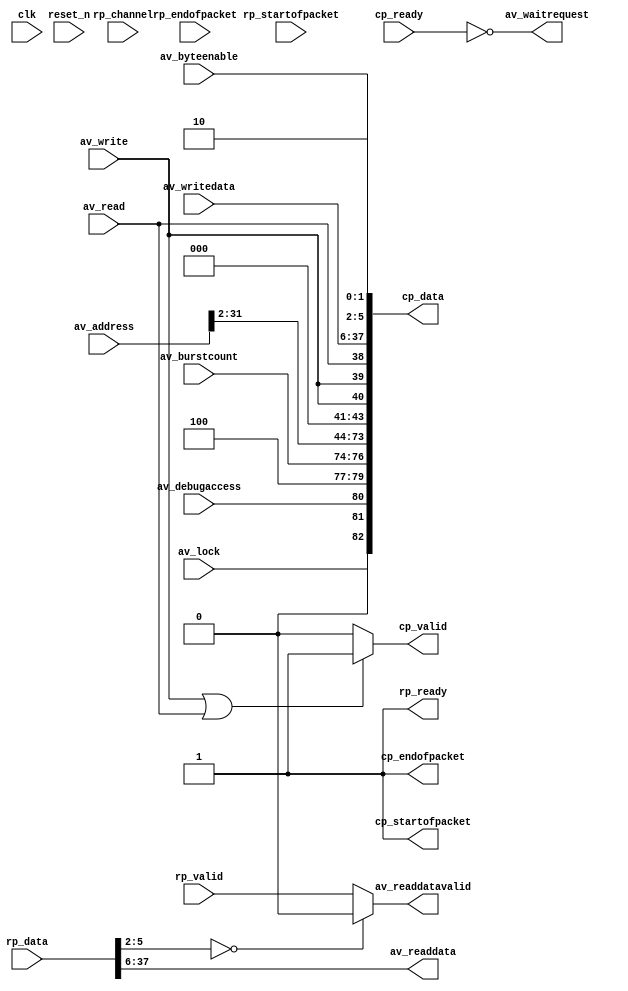
// (C) 2001-2013 Altera Corporation. All rights reserved.
// Your use of Altera Corporation's design tools, logic functions and other 
// software and tools, and its AMPP partner logic functions, and any output 
// files any of the foregoing (including device programming or simulation 
// files), and any associated documentation or information are expressly subject 
// to the terms and conditions of the Altera Program License Subscription 
// Agreement, Altera MegaCore Function License Agreement, or other applicable 
// license agreement, including, without limitation, that your use is for the 
// sole purpose of programming logic devices manufactured by Altera and sold by 
// Altera or its authorized distributors.  Please refer to the applicable 
// agreement for further details.


// (C) 2001-2011 Altera Corporation. All rights reserved.
// Your use of Altera Corporation's design tools, logic functions and other 
// software and tools, and its AMPP partner logic functions, and any output 
// files any of the foregoing (including device programming or simulation 
// files), and any associated documentation or information are expressly subject 
// to the terms and conditions of the Altera Program License Subscription 
// Agreement, Altera MegaCore Function License Agreement, or other applicable 
// license agreement, including, without limitation, that your use is for the 
// sole purpose of programming logic devices manufactured by Altera and sold by 
// Altera or its authorized distributors.  Please refer to the applicable 
// agreement for further details.


// $Id: //acds/rel/11.1/ip/merlin/seq_altera_merlin_master_agent/seq_altera_merlin_master_agent.sv#1 $
// $Revision: #1 $
// $Date: 2011/08/15 $
// $Author: max $

// --------------------------------------
// Merlin Master Agent
//
// Converts Avalon-MM transactions into
// Merlin network packets.
// --------------------------------------

`timescale 1 ns / 1 ns

module seq_altera_merlin_master_agent
#(
    // -------------------
    // Packet Format Parameters
    // -------------------
    parameter PKT_BEGIN_BURST  = 81,
              PKT_PROTECTION_H = 80,
              PKT_PROTECTION_L = 80,
              PKT_BURSTWRAP_H  = 79,
              PKT_BURSTWRAP_L  = 77,
              PKT_BYTE_CNT_H   = 76,
              PKT_BYTE_CNT_L   = 74,
              PKT_ADDR_H       = 73,
              PKT_ADDR_L       = 42,
              PKT_TRANS_LOCK   = 82,
              PKT_TRANS_COMPRESSED_READ = 41,
              PKT_TRANS_POSTED = 40,
              PKT_TRANS_WRITE  = 39,
              PKT_TRANS_READ   = 38,
              PKT_DATA_H       = 37,
              PKT_DATA_L       = 6,
              PKT_BYTEEN_H     = 5,
              PKT_BYTEEN_L     = 2,
              PKT_SRC_ID_H     = 1,
              PKT_SRC_ID_L     = 1,
              PKT_DEST_ID_H    = 0,
              PKT_DEST_ID_L    = 0,
              ST_DATA_W        = 83,
              ST_CHANNEL_W     = 1,

    // -------------------
    // Agent Parameters
    // -------------------
              AV_BURSTCOUNT_W       = 3,
              ID                    = 1,
              SUPPRESS_0_BYTEEN_RSP = 1,
              BURSTWRAP_VALUE       = 4,

    // -------------------
    // Derived Parameters
    // -------------------
              PKT_BURSTWRAP_W = PKT_BURSTWRAP_H - PKT_BURSTWRAP_L + 1,
              PKT_BYTE_CNT_W  = PKT_BYTE_CNT_H - PKT_BYTE_CNT_L + 1,
              PKT_ADDR_W      = PKT_ADDR_H - PKT_ADDR_L + 1,
              PKT_DATA_W      = PKT_DATA_H - PKT_DATA_L + 1,
              PKT_BYTEEN_W    = PKT_BYTEEN_H - PKT_BYTEEN_L + 1,
              PKT_SRC_ID_W    = PKT_SRC_ID_H - PKT_SRC_ID_L + 1,
              PKT_DEST_ID_W   = PKT_DEST_ID_H - PKT_DEST_ID_L + 1
)
(
    // -------------------
    // Clock & Reset
    // -------------------
    input clk,
    input reset_n,

    // -------------------
    // Avalon-MM Anti-Master
    // -------------------
    input      [PKT_ADDR_W-1 : 0]      av_address,
    input                              av_write,
    input                              av_read,
    input      [PKT_DATA_W-1 : 0]      av_writedata,
    output reg [PKT_DATA_W-1 : 0]      av_readdata,
    output reg                         av_waitrequest,
    output reg                         av_readdatavalid,
    input      [PKT_BYTEEN_W-1 : 0]    av_byteenable,
    input      [AV_BURSTCOUNT_W-1 : 0] av_burstcount,
    input                              av_debugaccess,
    input                              av_lock,
    
    // -------------------
    // Command Source
    // -------------------
    output reg                      cp_valid,
    output reg [ST_DATA_W-1 : 0]    cp_data,
    output wire                     cp_startofpacket,
    output wire                     cp_endofpacket,
    input                           cp_ready,

    // -------------------
    // Response Sink
    // -------------------
    input                           rp_valid,
    input   [ST_DATA_W-1 : 0]       rp_data,
    input   [ST_CHANNEL_W-1 : 0]    rp_channel,
    input                           rp_startofpacket,
    input                           rp_endofpacket,
    output reg                      rp_ready
);
    // ------------------------------------------------------------
    // Utility Functions
    // ------------------------------------------------------------
    function integer clogb2;
        input [31:0] value;
        begin
            for (clogb2=0; value>0; clogb2=clogb2+1)
                value = value >> 1;
            clogb2 = clogb2 - 1;
        end
    endfunction // clogb2

    localparam MAX_BURST  = 1 << (AV_BURSTCOUNT_W - 1);
    localparam NUMSYMBOLS = PKT_BYTEEN_W; 
    localparam BURSTING   = (MAX_BURST > NUMSYMBOLS);
    localparam BITS_TO_ZERO = clogb2(NUMSYMBOLS);

    // --------------------------------------
    // Optimization: compare in words to save bits?
    // --------------------------------------
    wire is_burst;
    assign is_burst = (BURSTING) & (av_burstcount > NUMSYMBOLS);

    // --------------------------------------
    // Command & Response Construction
    // --------------------------------------
    wire [31:0] burstwrap_value_int = BURSTWRAP_VALUE; 
    wire [31:0] id_int              = ID; 

    // --------------------------------------
    // Address alignment
    // --------------------------------------
    wire [PKT_ADDR_W-1 : 0] av_address_aligned;
    generate 
      if (NUMSYMBOLS > 1) begin
        assign av_address_aligned = 
          {av_address[PKT_ADDR_W-1 : BITS_TO_ZERO], {BITS_TO_ZERO {1'b0}}};
      end
      else begin
        assign av_address_aligned = av_address;
      end 
    endgenerate

    always @* begin
        cp_data = 0; // Default assignment; override below as needed.		//*** SV-to-V: '0=>0 

        cp_data[PKT_PROTECTION_H:PKT_PROTECTION_L] = av_debugaccess;
        cp_data[PKT_BURSTWRAP_H:PKT_BURSTWRAP_L] = burstwrap_value_int[PKT_BURSTWRAP_W-1:0];
        cp_data[PKT_BYTE_CNT_H :PKT_BYTE_CNT_L ] = av_burstcount;
        cp_data[PKT_ADDR_H     :PKT_ADDR_L     ] = av_address_aligned;
        cp_data[PKT_TRANS_LOCK                 ] = av_lock;
        cp_data[PKT_TRANS_COMPRESSED_READ      ] = av_read & is_burst;
        cp_data[PKT_TRANS_READ                 ] = av_read;
        cp_data[PKT_TRANS_WRITE                ] = av_write;
        cp_data[PKT_TRANS_POSTED               ] = av_write;
        cp_data[PKT_DATA_H     :PKT_DATA_L     ] = av_writedata;
        cp_data[PKT_BYTEEN_H   :PKT_BYTEEN_L   ] = av_byteenable;
        cp_data[PKT_SRC_ID_H   :PKT_SRC_ID_L   ] = id_int[PKT_SRC_ID_W-1:0];
       
        av_readdata = rp_data[PKT_DATA_H : PKT_DATA_L];
    end

    // --------------------------------------
    // Command Control
    // --------------------------------------
    always @* begin
        cp_valid = 0;
        
        if (av_write || av_read)
            cp_valid = 1;
    end

    generate if (BURSTING) begin
        reg sop_enable;

        always @(posedge clk, negedge reset_n) begin
            if (~reset_n) begin
                sop_enable <= 1'b1;
            end
            else begin
                if (cp_valid && cp_ready) begin
                    sop_enable <= 1'b0;
                    if (cp_endofpacket)
                        sop_enable <= 1'b1;
                end
            end
        end

        assign cp_startofpacket = sop_enable;
        assign cp_endofpacket   = (av_read) | (av_burstcount == NUMSYMBOLS);

    end 
    else begin

        assign cp_startofpacket = 1'b1;
        assign cp_endofpacket   = 1'b1;

    end
    endgenerate

    // --------------------------------------
    // Backpressure & Readdatavalid
    // --------------------------------------
    always @* begin
        rp_ready         = 1;
        av_waitrequest   = 0;
        av_readdatavalid = 0;

        av_waitrequest = !cp_ready;

        // --------------------------------------
        // Currently, responses are _always_ read responses.
        // --------------------------------------
        av_readdatavalid = rp_valid;

        if (SUPPRESS_0_BYTEEN_RSP) begin
            if (rp_data[PKT_BYTEEN_H:PKT_BYTEEN_L] == 0)
                av_readdatavalid = 0;
        end
    end

endmodule